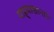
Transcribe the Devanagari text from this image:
याह्याखानाने